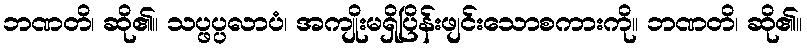
ဘဏတိ၊ ဆို၏။ သပ္ဖပ္ပလာပံ၊ အကျိုးမရှိပြိန်းဖျင်းသောစကားကို။ ဘဏတိ၊ ဆို၏။